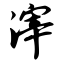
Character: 滓